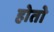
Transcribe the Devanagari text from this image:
होताे